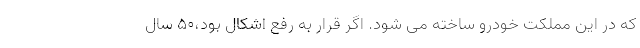
که در این مملکت خودرو ساخته می شود. اگر قرار به رفع اشکال بود،50 سال